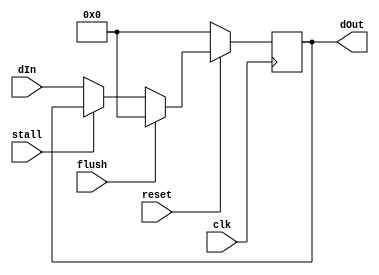
`timescale 1ns / 1ps
//////////////////////////////////////////////////////////////////////////////////
// Company: 
// Engineer: 
// 
// Design Name: 
// Module Name: en_reg
// Project Name: 
// Target Devices: 
// Tool Versions: 
// Description: 
// 
// Dependencies: 
// 
// Revision:
// Revision 0.01 - File Created
// Additional Comments:
// 
//////////////////////////////////////////////////////////////////////////////////


module en_reg #(parameter width = 32)
   (input clk,reset,flush,stall,
    input [width-1 : 0]     dIn,
    output reg [width-1 :0] dOut);
   always @(posedge clk )
   begin
        if(reset==0 )
          dOut <=32'h00000000;
        else if (flush)
        dOut <=32'h00000000;
        
        else if (!stall)
          // if(!den)
          
            dOut <= dIn;
          
   end 
endmodule // Reg